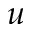
u